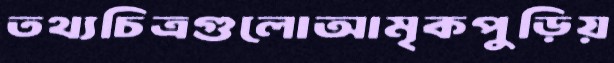
তথ্যচিত্রগুলোআমৃকপুড়িয়